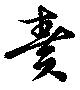
奏